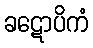
ခဋောပိကံ